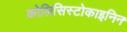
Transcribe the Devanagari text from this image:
कोलिसिस्टोकाइनिन